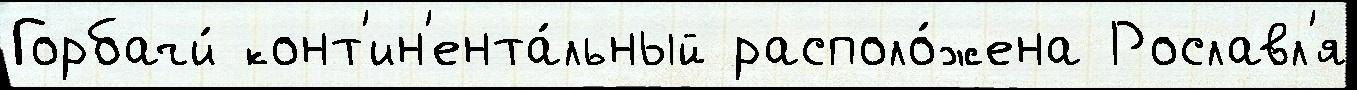
Горбачи́ конт'ин'ента́льный располо́жена Рославл'я